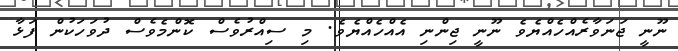
ނޫނީ ޖަނަވާރެއްހެއްޔެވެ ނޫނީ ޖިންނި އެއްހެއްޔެވެ. މި ސިއްރުވެސް ކޮންމެވެސް ދުވަހަކުން ފަޅާ